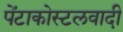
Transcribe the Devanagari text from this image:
पेंटाकोस्टलवादी